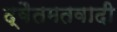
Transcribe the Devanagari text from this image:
द्वैतमतवादी